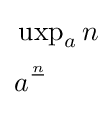
{\begin{aligned}&\operatorname {uxp} _{a}n\\[2pt]&a^{\frac {n}{}}\end{aligned}}